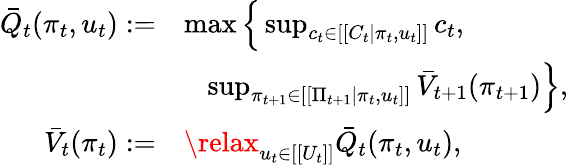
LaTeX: \begin{array}{rl}{\bar{Q}_{t}(\pi_{t},u_{t}):=}&{\operatorname*{max}\Big\{ \operatorname*{sup}_{c_{t}\in[[C_{t}|\pi_{t},u_{t}]]}c_{t},}\\ &{\; \; \; \operatorname*{sup}_{\pi_{t+1}\in[[\Pi_{t+1}|\pi_{t},u_{t}]]}\bar{V}_{t+1}(\pi_{t+1})\Big\} ,}\\ {\bar{V}_{t}(\pi_{t}):=}&{\relax_{u_{t}\in[[U_{t}]]}\bar{Q}_{t}(\pi_{t},u_{t}),}\end{array}